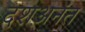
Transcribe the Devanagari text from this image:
दशअनंत